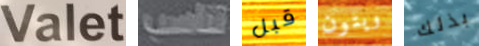
Valet تناسب قبل ويتون بذلك